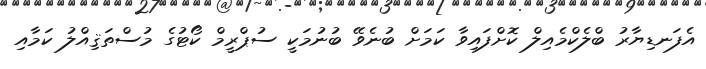
އެފަނޑިޔާރު ބްލެކްމެއިލް ކޮށްފައިވާ ކަމަށް ބުނެވޭ ބުނުމަކީ ސުޕްރީމް ކޯޓުގެ މުސްތަޤިއްލު ކަމާއި